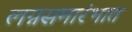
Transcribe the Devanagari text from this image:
लग्नसमारंभात